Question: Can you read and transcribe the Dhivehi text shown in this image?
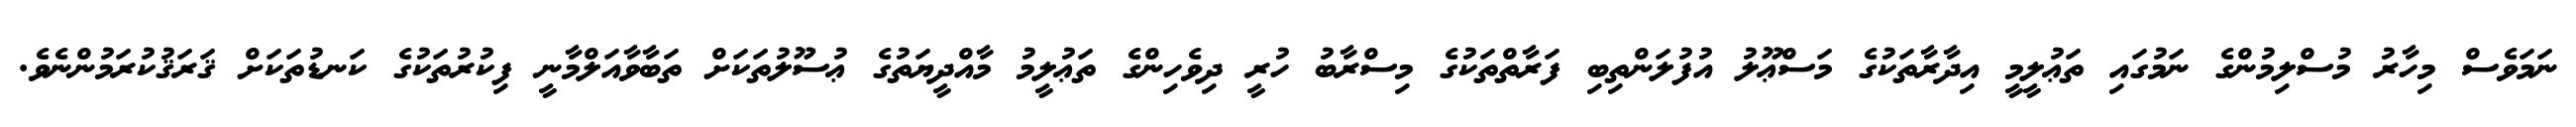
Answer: ނަމަވެސް މިހާރު މުސްލިމުންގެ ނަމުގައި ތަޢުލީމީ އިދާރާތަކުގެ މަސްޢޫލު އުފުލަންތިބި ފަރާތްތަކުގެ މިސްރާބު ހުރީ ދިވެހިންގެ ތަޢުލީމު މާއްދީޔަތުގެ ޢުސޫލުތަކަށް ތަބާވާއަލްމާނީ ފިކުރުތަކުގެ ކަނޑުތަކަށް ޤަރަޤުކުރަމުންނެވެ.